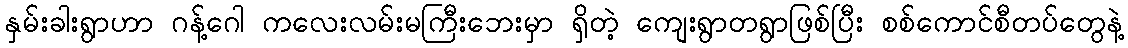
နှမ်းခါးရွာဟာ ဂန့်ဂေါ ကလေးလမ်းမကြီးဘေးမှာ ရှိတဲ့ ကျေးရွာတရွာဖြစ်ပြီး စစ်ကောင်စီတပ်တွေနဲ့